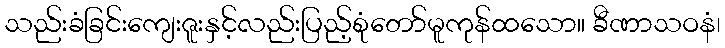
သည်းခံခြင်းကျေးဇူးနှင့်လည်းပြည့်စုံတော်မူကုန်ထသော။ ခီဏာသဝနံ၊